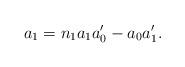
LaTeX: \begin{align*}a_1=n_1 a_1{a_0'}- a_0{a'_1}.\end{align*}